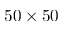
5 0 \times 5 0